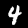
Digit: 4